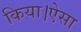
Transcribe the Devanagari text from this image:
किया।ऐसा